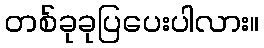
တစ်ခုခုပြပေးပါလား။